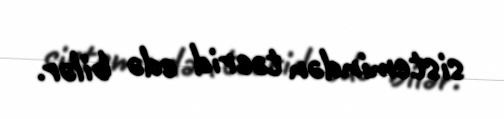
sistemindən təcrid edə bilər.